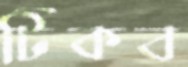
টিকব